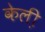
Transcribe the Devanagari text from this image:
केली़